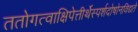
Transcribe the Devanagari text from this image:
ततोगत्वाक्षिपेत्तीर्थेस्पर्शदोषोनविद्यते